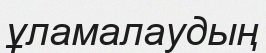
ұламалаудың